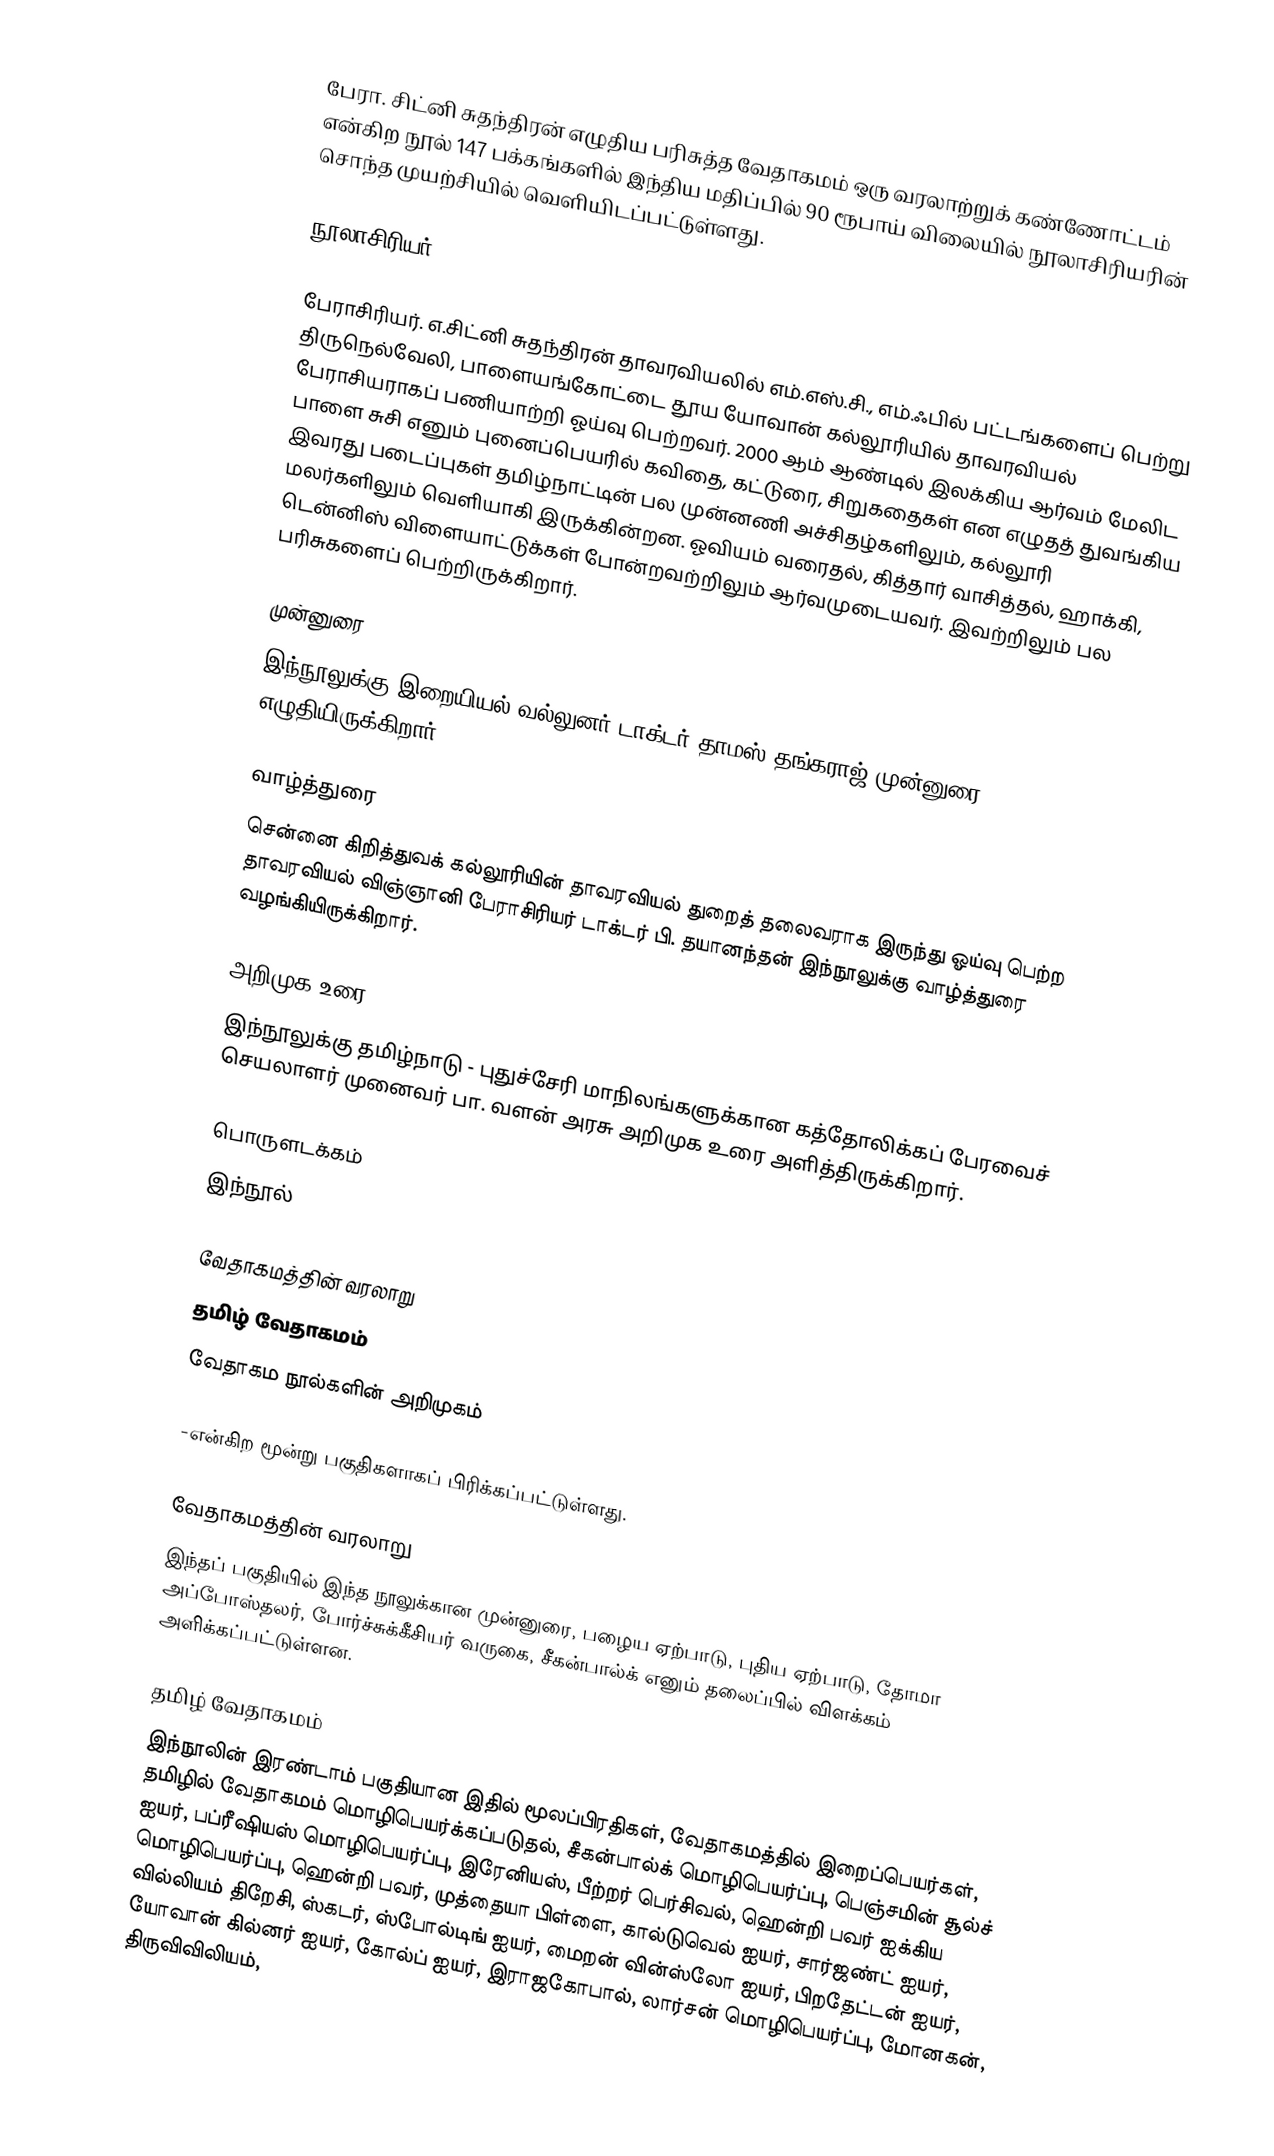
பேரா. சிட்னி சுதந்திரன் எழுதிய பரிசுத்த வேதாகமம் ஒரு வரலாற்றுக் கண்ணோட்டம் என்கிற நூல் 147 பக்கங்களில் இந்திய மதிப்பில் 90  ரூபாய் விலையில் நூலாசிரியரின் சொந்த முயற்சியில் வெளியிடப்பட்டுள்ளது.

நூலாசிரியர்

பேராசிரியர். எ.சிட்னி சுதந்திரன் தாவரவியலில் எம்.எஸ்.சி., எம்.ஃபில் பட்டங்களைப் பெற்று திருநெல்வேலி, பாளையங்கோட்டை தூய யோவான் கல்லூரியில் தாவரவியல் பேராசியராகப் பணியாற்றி ஓய்வு பெற்றவர். 2000 ஆம் ஆண்டில் இலக்கிய ஆர்வம் மேலிட பாளை சுசி எனும் புனைப்பெயரில் கவிதை, கட்டுரை, சிறுகதைகள் என எழுதத் துவங்கிய இவரது படைப்புகள் தமிழ்நாட்டின் பல முன்னணி அச்சிதழ்களிலும், கல்லூரி மலர்களிலும் வெளியாகி இருக்கின்றன. ஓவியம் வரைதல், கித்தார் வாசித்தல், ஹாக்கி, டென்னிஸ் விளையாட்டுக்கள் போன்றவற்றிலும் ஆர்வமுடையவர். இவற்றிலும் பல பரிசுகளைப் பெற்றிருக்கிறார்.

முன்னுரை
இந்நூலுக்கு இறையியல் வல்லுனர் டாக்டர் தாமஸ் தங்கராஜ் முன்னுரை எழுதியிருக்கிறார்.

வாழ்த்துரை
சென்னை கிறித்துவக் கல்லூரியின் தாவரவியல் துறைத் தலைவராக இருந்து ஓய்வு பெற்ற தாவரவியல் விஞ்ஞானி பேராசிரியர் டாக்டர் பி. தயானந்தன் இந்நூலுக்கு வாழ்த்துரை வழங்கியிருக்கிறார்.

அறிமுக உரை
இந்நூலுக்கு தமிழ்நாடு - புதுச்சேரி மாநிலங்களுக்கான கத்தோலிக்கப் பேரவைச் செயலாளர் முனைவர் பா. வளன் அரசு அறிமுக உரை அளித்திருக்கிறார்.

பொருளடக்கம்
இந்நூல்

வேதாகமத்தின் வரலாறு
தமிழ் வேதாகமம்
வேதாகம நூல்களின் அறிமுகம்

-என்கிற மூன்று பகுதிகளாகப் பிரிக்கப்பட்டுள்ளது.

வேதாகமத்தின் வரலாறு
இந்தப் பகுதியில் இந்த நூலுக்கான முன்னுரை, பழைய ஏற்பாடு, புதிய ஏற்பாடு, தோமா அப்போஸ்தலர், போர்ச்சுக்கீசியர் வருகை, சீகன்பால்க் எனும் தலைப்பில் விளக்கம் அளிக்கப்பட்டுள்ளன.

தமிழ் வேதாகமம்
இந்நூலின் இரண்டாம் பகுதியான இதில் மூலப்பிரதிகள், வேதாகமத்தில் இறைப்பெயர்கள், தமிழில் வேதாகமம் மொழிபெயர்க்கப்படுதல், சீகன்பால்க் மொழிபெயர்ப்பு, பெஞ்சமின் சூல்ச் ஐயர், பப்ரீஷியஸ் மொழிபெயர்ப்பு, இரேனியஸ், பீற்றர் பெர்சிவல், ஹென்றி பவர் ஐக்கிய மொழிபெயர்ப்பு, ஹென்றி பவர், முத்தையா பிள்ளை, கால்டுவெல் ஐயர், சார்ஜண்ட் ஐயர், வில்லியம் திறேசி, ஸ்கடர், ஸ்போல்டிங் ஐயர், மைறன் வின்ஸ்லோ ஐயர், பிறதேட்டன் ஐயர், யோவான் கில்னர் ஐயர், கோல்ப் ஐயர், இராஜகோபால், லார்சன் மொழிபெயர்ப்பு, மோனகன், திருவிவிலியம்,